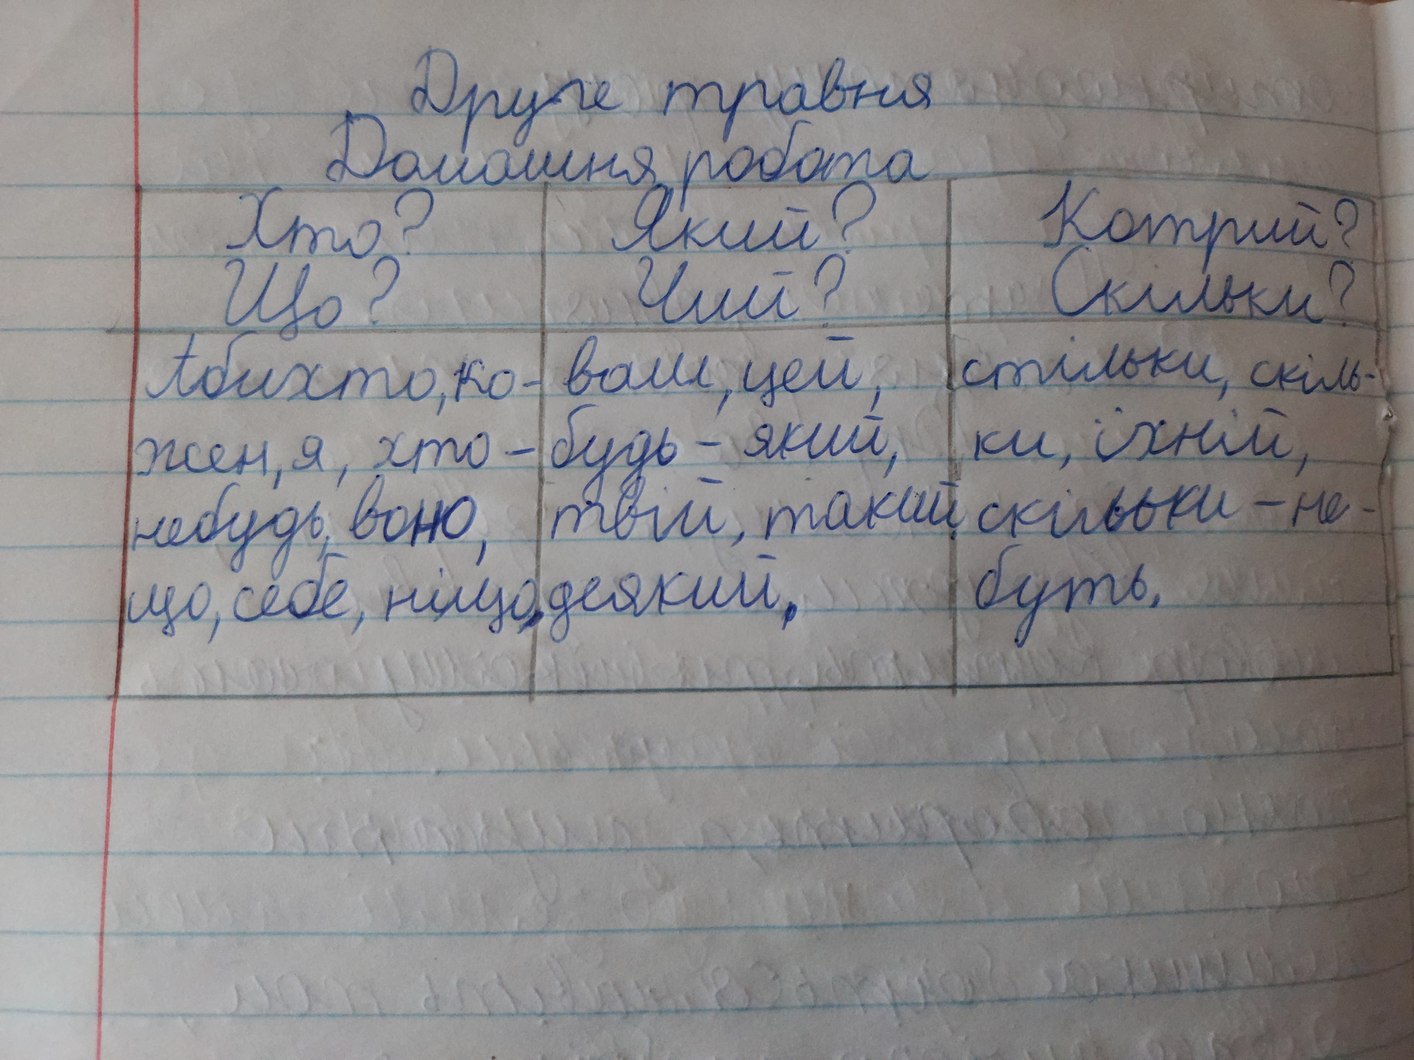
Друге травня
Домашня робота
Хто? Що?|Який? Чий?|Котрий? Скільки?
абихто, кожен, я, хто-небудь, воно, що, себе, ніщо|ваш, цей, будь-який, твій, такий, деякий,|стільки, скільки, їхній, скільки-небудь,